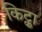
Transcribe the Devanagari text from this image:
किट्का